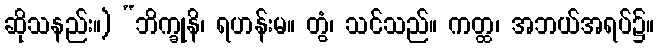
ဆိုသနည်း။) “ဘိက္ခုနိ၊ ရဟန်းမ။ တွံ၊ သင်သည်။ ကတ္ထ၊ အဘယ်အရပ်၌။